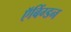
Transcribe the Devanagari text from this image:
ऍबिंग्डन